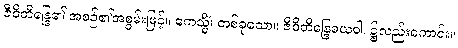
ဇီဝိတိန္ဒြေ၏ အစဉ်၏အစွမ်းဖြင့်။ ဧကသ္မိံ၊ တစ်ခုသော။ ဇီဝိတိန္ဒြေဓယဝါ၊ ၌လည်းကောင်း။